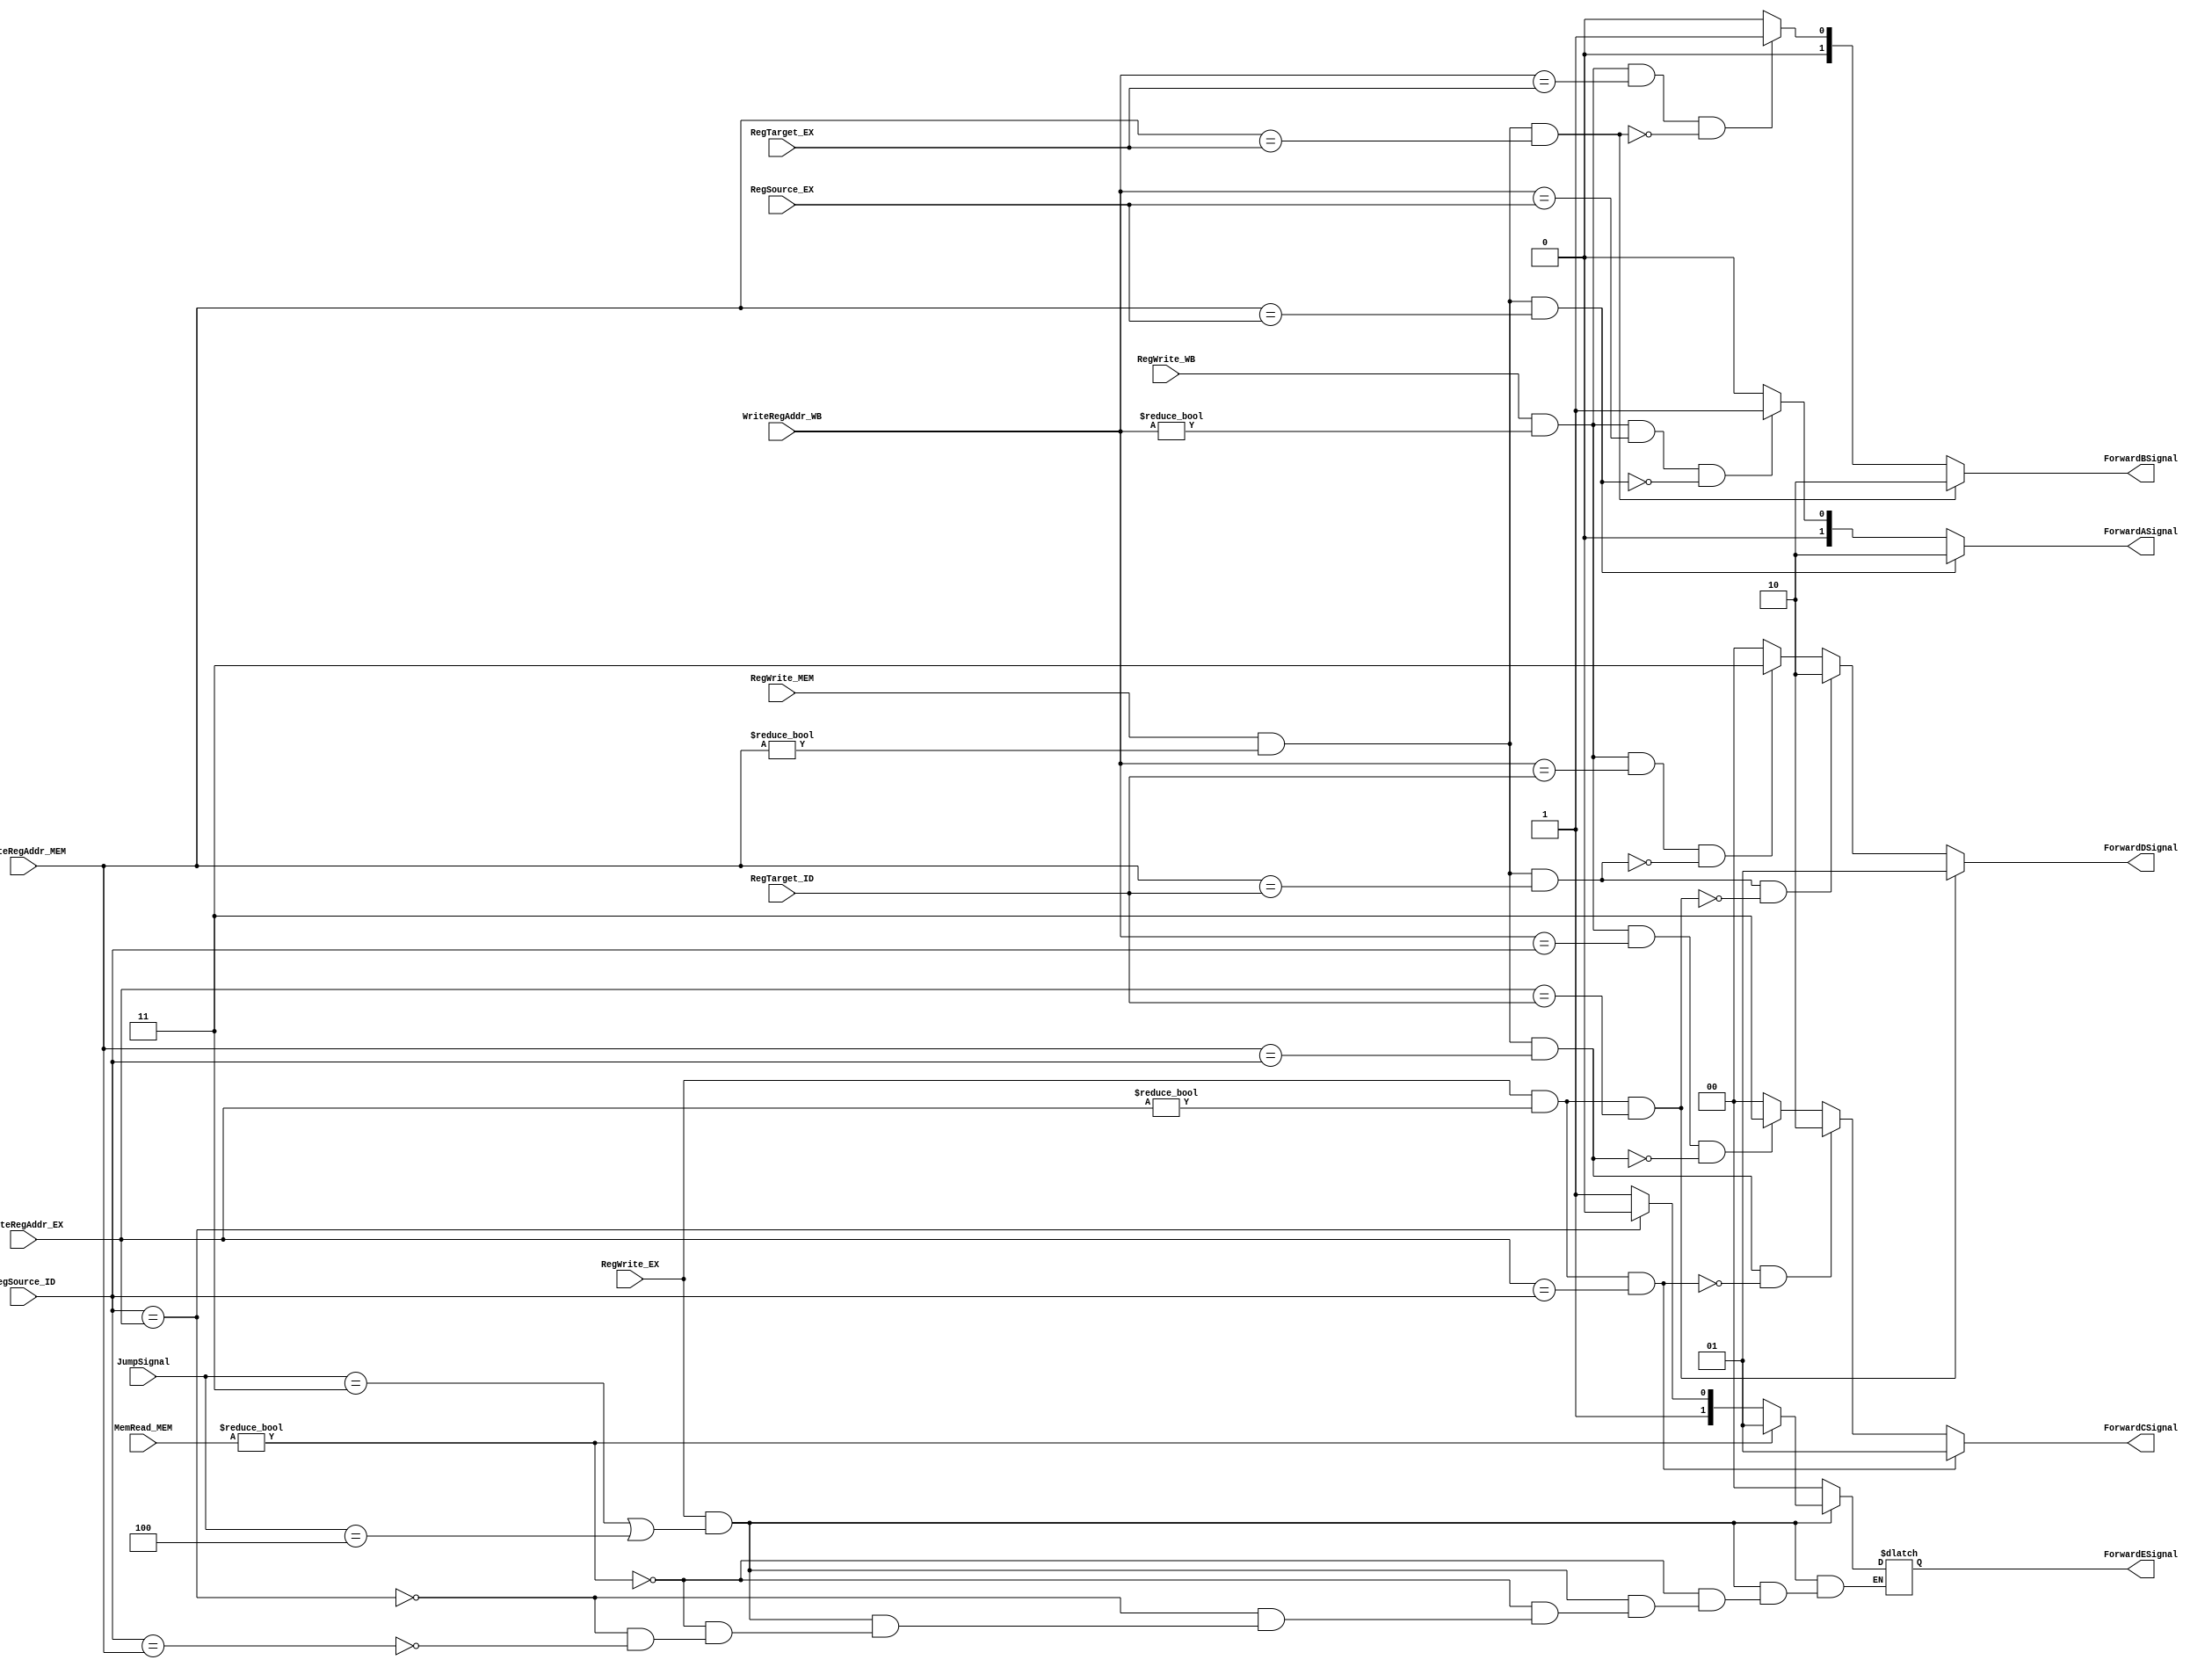
`timescale 1ns / 1ps
//////////////////////////////////////////////////////////////////////////////////
// Company: 
// Engineer: 
// 
// Design Name: 
// Module Name: Forwarding
// Project Name: 
// Target Devices: 
// Tool Versions: 
// Description: 
// 
// Dependencies: 
// 
// Revision:
// Revision 0.01 - File Created
// Additional Comments:
// 
//////////////////////////////////////////////////////////////////////////////////


module Forwarding(
    input [2:0] JumpSignal,
    input [4:0] RegSource_ID,
    input [4:0] RegTarget_ID,
    input [4:0] RegSource_EX,
    input [4:0] RegTarget_EX,
    input [4:0] WriteRegAddr_EX,
    input [4:0] WriteRegAddr_MEM,
    input [4:0] WriteRegAddr_WB,
    input [2:0] MemRead_MEM,
    input       RegWrite_EX,
    input       RegWrite_MEM,
    input       RegWrite_WB,
    output reg[1:0] ForwardASignal,
    output reg[1:0] ForwardBSignal,
    output reg[1:0] ForwardCSignal,
    output reg[1:0] ForwardDSignal,
    output reg[1:0] ForwardESignal
    );
    
    always @(*) begin
        if(((RegWrite_MEM == 1) && (WriteRegAddr_MEM != 0)) &&(WriteRegAddr_MEM == RegSource_EX)) 
            ForwardASignal = 2'b10;
        else if(((RegWrite_WB == 1) && (WriteRegAddr_WB != 0))&&(WriteRegAddr_WB == RegSource_EX) && !((RegWrite_MEM && WriteRegAddr_MEM != 0) && (WriteRegAddr_MEM == RegSource_EX)))
            ForwardASignal = 2'b01;
        else ForwardASignal = 2'b00;
        
        if((RegWrite_MEM == 1) && (WriteRegAddr_MEM != 0) &&(WriteRegAddr_MEM == RegTarget_EX)) 
            ForwardBSignal = 2'b10;
        else if(((RegWrite_WB == 1) && (WriteRegAddr_WB != 0))&&(WriteRegAddr_WB == RegTarget_EX) && !((RegWrite_MEM && WriteRegAddr_MEM != 0) && (WriteRegAddr_MEM == RegTarget_EX)))
            ForwardBSignal = 2'b01;
        else ForwardBSignal = 2'b00;
        
        if((RegWrite_EX && WriteRegAddr_EX != 0) && (WriteRegAddr_EX == RegSource_ID))
            ForwardCSignal = 2'b01;
        else if((RegWrite_MEM && WriteRegAddr_MEM != 0) && (WriteRegAddr_MEM == RegSource_ID) && !((RegWrite_EX && WriteRegAddr_EX != 0) && (WriteRegAddr_EX == RegSource_ID)))
             ForwardCSignal = 2'b10;
        else if(((RegWrite_WB == 1) && (WriteRegAddr_WB != 0))&&(WriteRegAddr_WB == RegSource_ID) && !((RegWrite_MEM && WriteRegAddr_MEM != 0) && (WriteRegAddr_MEM == RegSource_ID)))
            ForwardCSignal = 2'b11;
        else ForwardCSignal = 2'b00;
        
        if((RegWrite_EX && WriteRegAddr_EX != 0) && (WriteRegAddr_EX == RegTarget_ID))
            ForwardDSignal = 2'b01;
        else if((RegWrite_MEM && WriteRegAddr_MEM != 0) && (WriteRegAddr_MEM == RegTarget_ID) && !((RegWrite_EX && WriteRegAddr_EX != 0) && (WriteRegAddr_EX == RegTarget_ID)))
             ForwardDSignal = 2'b10;
        else if(((RegWrite_WB == 1) && (WriteRegAddr_WB != 0))&&(WriteRegAddr_WB == RegTarget_ID) && !((RegWrite_MEM && WriteRegAddr_MEM != 0) && (WriteRegAddr_MEM == RegTarget_ID)))
            ForwardDSignal = 2'b11;
        else ForwardDSignal = 2'b00;
    
        if(RegWrite_EX && (JumpSignal == 3'b011 || JumpSignal == 3'b100)) begin
            if(MemRead_MEM != 3'b000)
                ForwardESignal = 2'b01;
            else if(RegSource_ID == WriteRegAddr_EX)
                ForwardESignal = 2'b10;
            else if(RegSource_ID == WriteRegAddr_MEM)
                ForwardESignal = 2'b11;
            end
        else ForwardESignal = 2'b00;
    end
    
endmodule